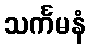
သင်္ကမနံ